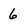
Character: 6